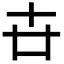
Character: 卋